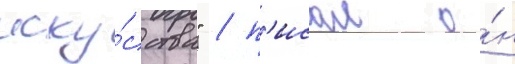
иску́сства" / п'исал о́н